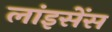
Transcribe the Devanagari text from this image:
लांइसेंस